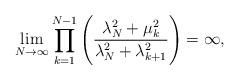
LaTeX: \begin{align*}\lim_{N\to\infty} \prod\limits_{k=1}^{N-1}\Bigg( \frac{\lambda_N^2 + \mu_{k}^{2}}{\lambda_N^2 +\lambda_{k+1}^{2}} \Bigg) =\infty, \end{align*}